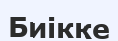
Биікке